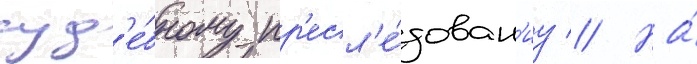
суд'е́бному пр'есл'е́дован'иу // На́